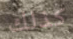
كذلك